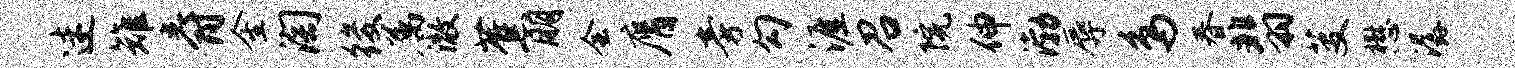
迷雉爵金淘後属澈蕉朋会膺旁勾涯召院伸渤辱鸟春翡芟懋潺